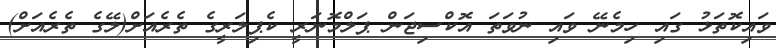
ވައިކޮތަޅު ގައި ހިމެނޭ ވައި ނުވަތަ އޮކްސިޖަން ޕަލްމޮނަރީ ކެޕިލަރީގެ ތެރެއަށް(ލޭގެ ތެރެއަށް)